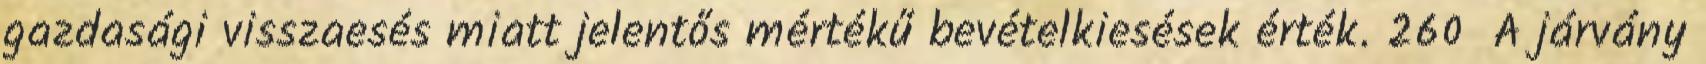
gazdasági visszaesés miatt jelentős mértékű bevételkiesések érték. 260 A járvány